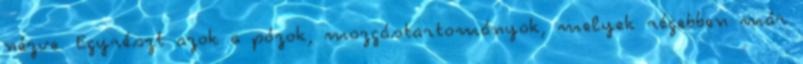
nézve. Egyrészt azok a pózok, mozgástartományok, melyek régebben már